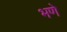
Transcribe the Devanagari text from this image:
भणे